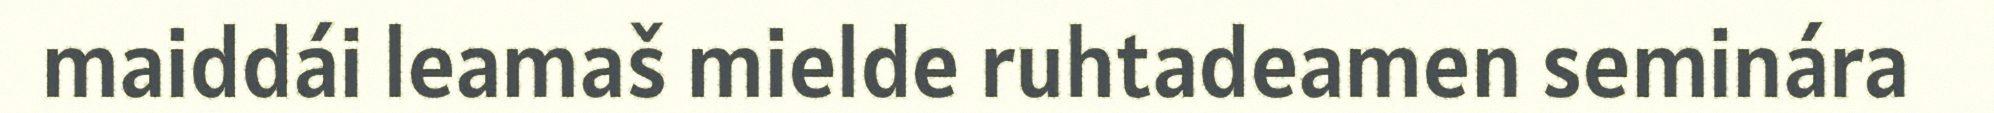
maiddái leamaš mielde ruhtadeamen seminára